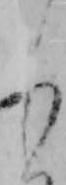
し